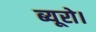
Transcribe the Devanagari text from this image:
ब्यूरो।